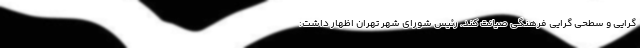
گرایی و سطحی گرایی فرهنگی صیانت کند. رئیس شورای شهر تهران اظهار داشت: